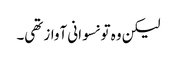
لیکن وہ تو نسوانی آواز تھی۔